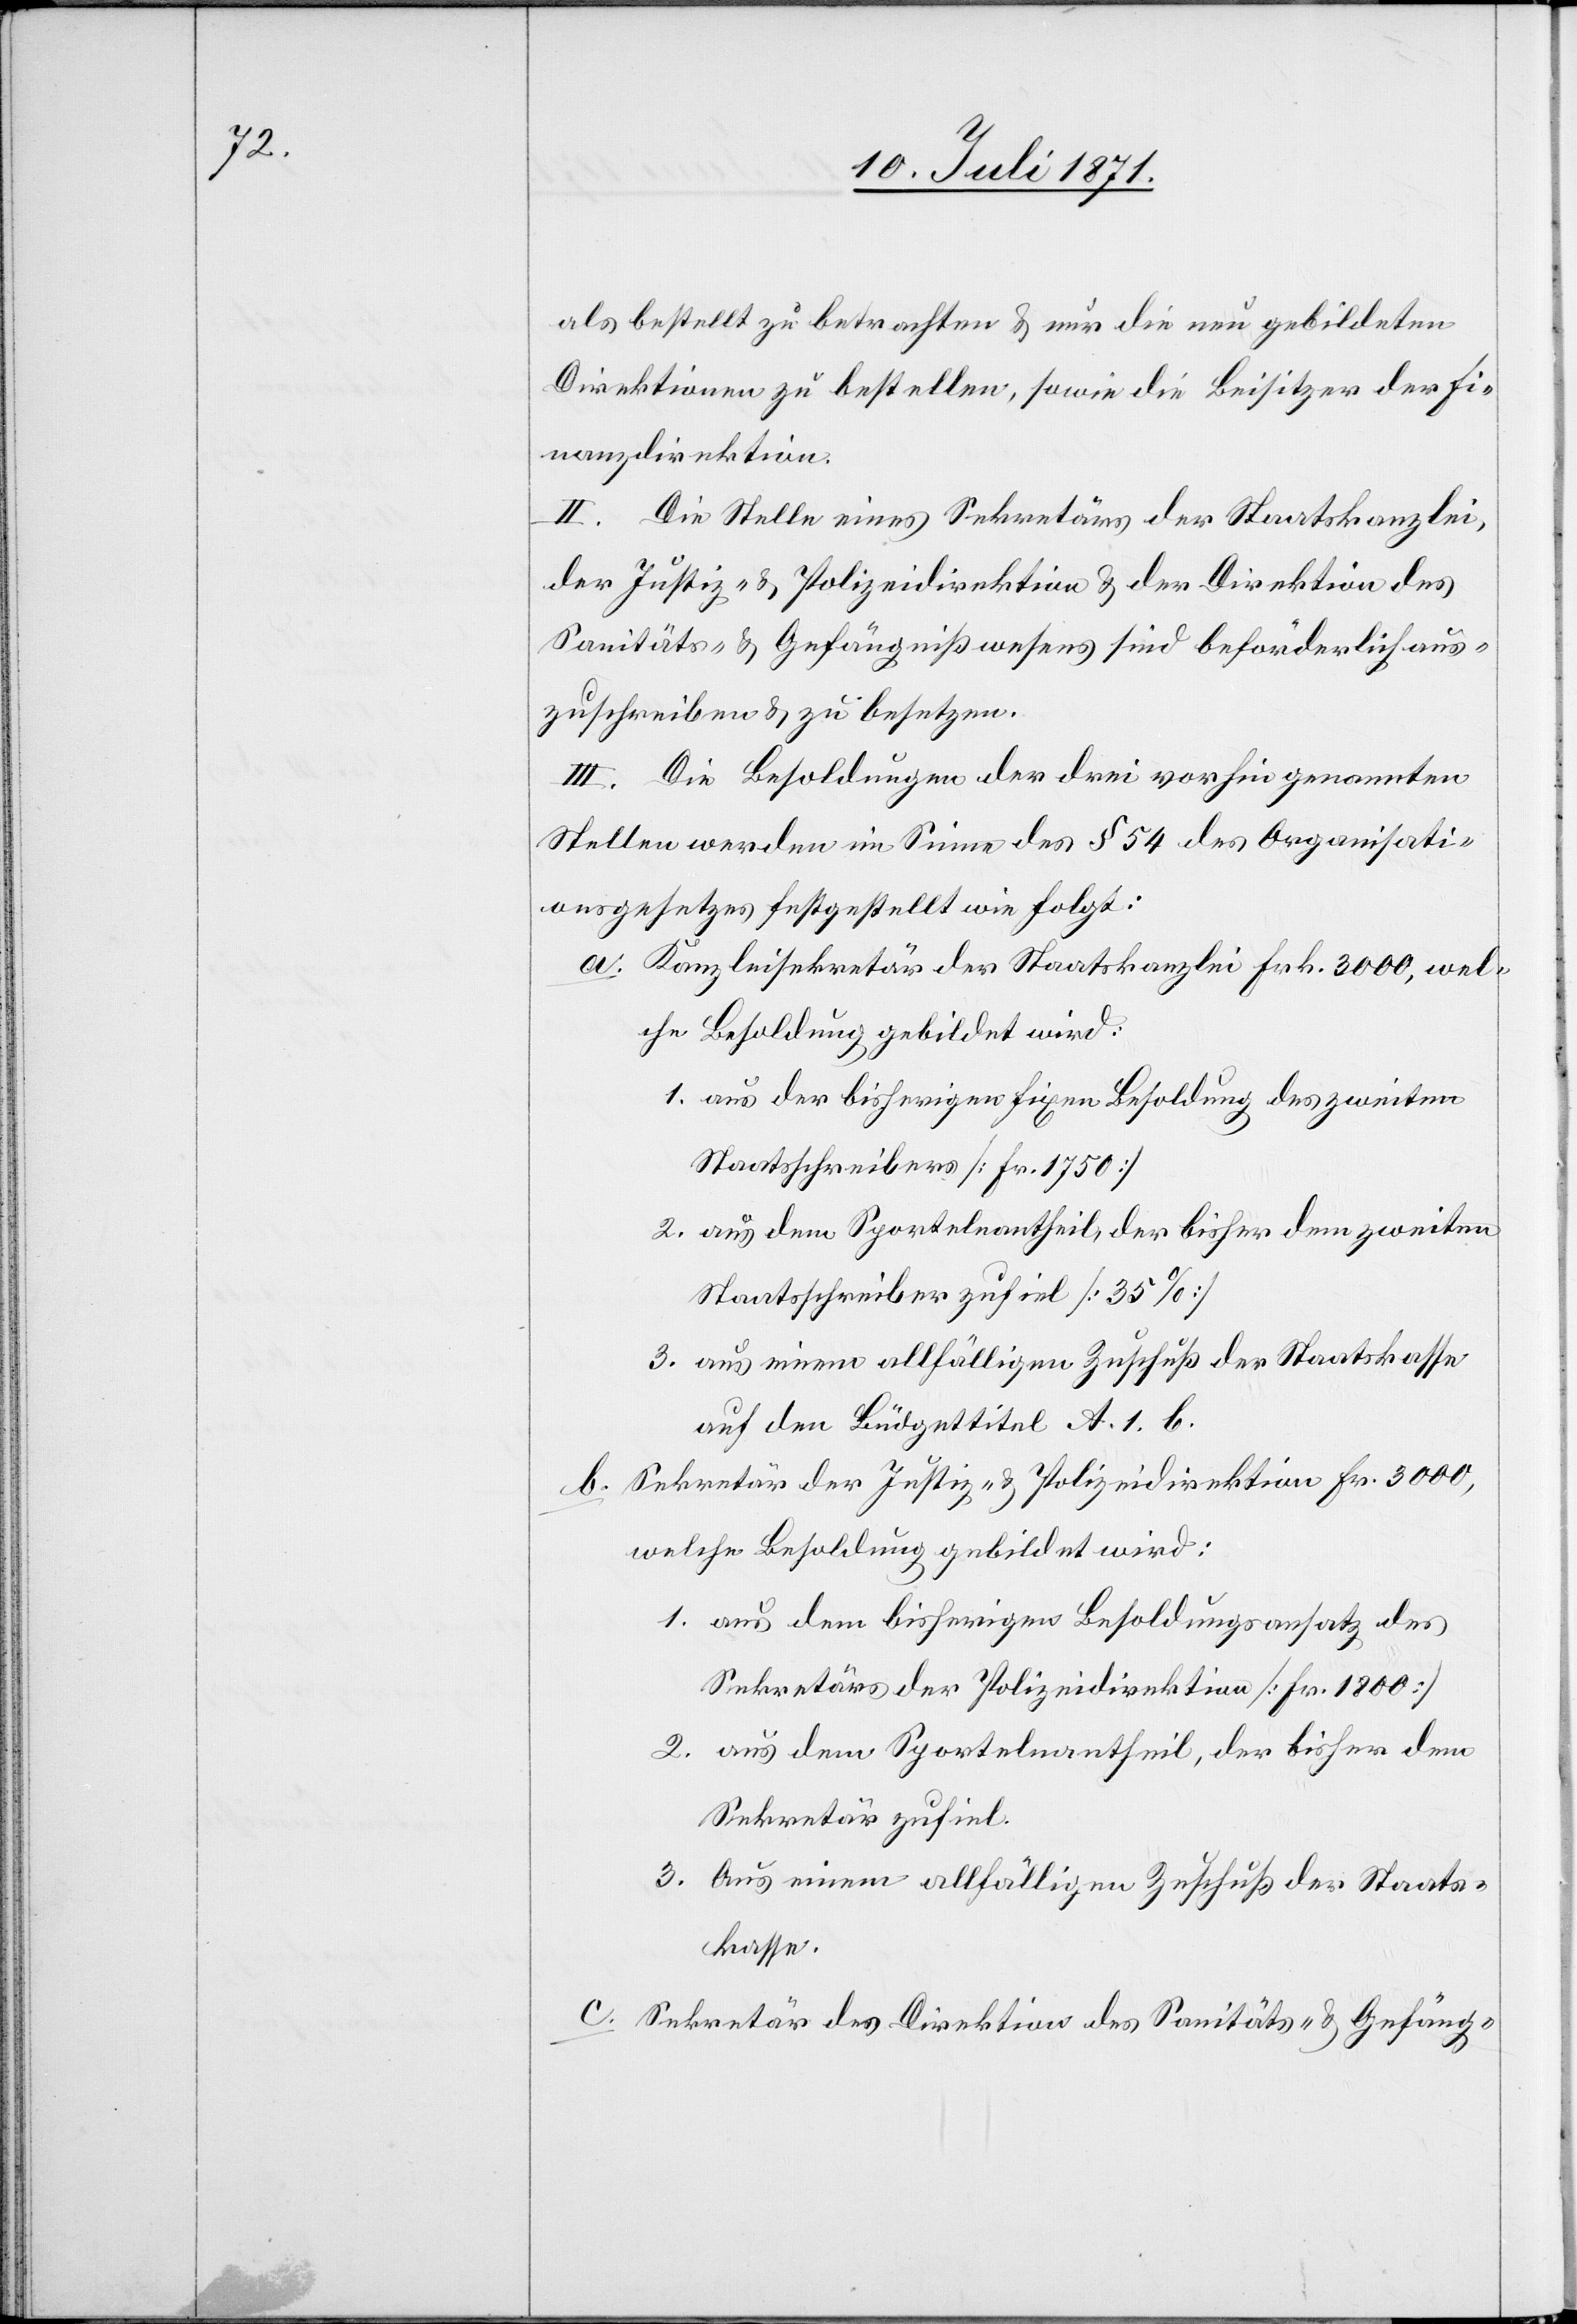
als bestellt zu betrachten u. nur die neu gebildeten
Direktionen zu bestellen, sowie die Beisitzer der Fi¬
nanzdirektion.
II. Die Stelle eines Sekretärs der Staatskanzlei,
der Justiz- u. Polizeidirektion u. der Direktion des
Sanitäts- u. Gefängnißwesens sind beförderlich aus¬
zuschreiben u. zu besetzen.
III. Die Besoldung der drei vorhin genannten
Stellen werden im Sinne des § 54 des Organisati¬
onsgesetzes festgestellt wie folgt:
Kanzleisekretär der Staatskanzlei Frk. 3000, wel¬
che Besoldung gebildet wird:
aus der bisherigen fixen Besoldung des zweiten
Staatsschreiber [Fr. 1750]
aus dem Sportelnantheil, der bisher dem zweiten
Staatsschreiber zufiel [35%]
aus einem allfälligen Zuschuß der Staatskasse
auf den Büdgettitel A. 1. b.
Sekretär der Justiz- u. Polizeidirektion Fr. 3000,
welche Besoldung gebildet wird:
aus dem bisherigen Besoldungsansatz des
Sekretärs der Polizeidirektion [Fr. 1800]
aus dem Sportelnantheil, der bisher dem
Sekretär zufiel.
Aus einem allfälligen Zuschuß der Staats¬
kasse.
Sekretär der Direktion des Sanitäts- u. Gefäng-